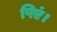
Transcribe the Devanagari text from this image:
पिएं।